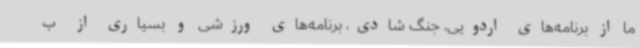
ما از برنامه‌های اردویی، جنگ شادی، برنامه‌های ورزشی و بسیاری از ب